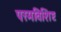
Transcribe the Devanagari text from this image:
परमविशिष्ट